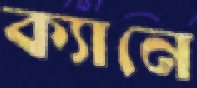
ক্যানে